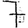
Digit: 7